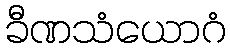
ခီဏသံယောဂံ